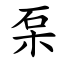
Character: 䂞